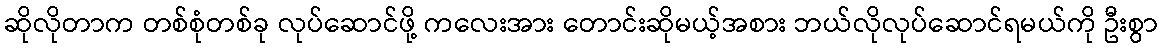
ဆိုလိုတာက တစ်စုံတစ်ခု လုပ်ဆောင်ဖို့ ကလေးအား တောင်းဆိုမယ့်အစား ဘယ်လိုလုပ်ဆောင်ရမယ်ကို ဦးစွာ